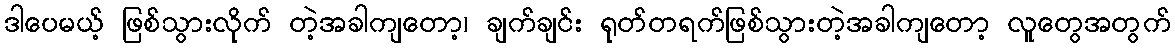
ဒါပေမယ့် ဖြစ်သွားလိုက် တဲ့အခါကျတော့၊ ချက်ချင်း ရုတ်တရက်ဖြစ်သွားတဲ့အခါကျတော့ လူတွေအတွက်